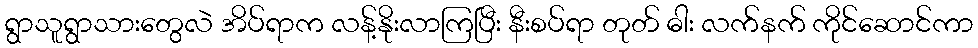
ရွာသူရွာသားတွေလဲ အိပ်ရာက လန့်နိုးလာကြပြီး နီးစပ်ရာ တုတ် ဓါး လက်နက် ကိုင်ဆောင်ကာ